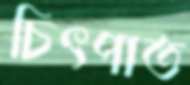
চিৎপাত